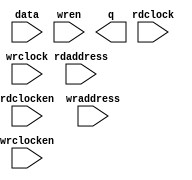
// megafunction wizard: %RAM: 2-PORT%VBB%
// GENERATION: STANDARD
// VERSION: WM1.0
// MODULE: altsyncram 

// ============================================================
// Megafunction Name(s):
// 			altsyncram
//
// Simulation Library Files(s):
// 			altera_mf
// ============================================================
// ************************************************************
// THIS IS A WIZARD-GENERATED FILE. DO NOT EDIT THIS FILE!
//
// 13.0.1 Build 232 06/12/2013 SP 1 SJ Full Version
// ************************************************************

//Copyright (C) 1991-2013 Altera Corporation
//Your use of Altera Corporation's design tools, logic functions 
//and other software and tools, and its AMPP partner logic 
//functions, and any output files from any of the foregoing 
//(including device programming or simulation files), and any 
//associated documentation or information are expressly subject 
//to the terms and conditions of the Altera Program License 
//Subscription Agreement, Altera MegaCore Function License 
//Agreement, or other applicable license agreement, including, 
//without limitation, that your use is for the sole purpose of 
//programming logic devices manufactured by Altera and sold by 
//Altera or its authorized distributors.  Please refer to the 
//applicable agreement for further details.

module clipboard (
	data,
	rdaddress,
	rdclock,
	rdclocken,
	wraddress,
	wrclock,
	wrclocken,
	wren,
	q);

	input	[2:0]  data;
	input	[12:0]  rdaddress;
	input	  rdclock;
	input	  rdclocken;
	input	[12:0]  wraddress;
	input	  wrclock;
	input	  wrclocken;
	input	  wren;
	output	[2:0]  q;
`ifndef ALTERA_RESERVED_QIS
// synopsys translate_off
`endif
	tri1	  rdclocken;
	tri1	  wrclock;
	tri1	  wrclocken;
	tri0	  wren;
`ifndef ALTERA_RESERVED_QIS
// synopsys translate_on
`endif

endmodule

// ============================================================
// CNX file retrieval info
// ============================================================
// Retrieval info: PRIVATE: ADDRESSSTALL_A NUMERIC "0"
// Retrieval info: PRIVATE: ADDRESSSTALL_B NUMERIC "0"
// Retrieval info: PRIVATE: BYTEENA_ACLR_A NUMERIC "0"
// Retrieval info: PRIVATE: BYTEENA_ACLR_B NUMERIC "0"
// Retrieval info: PRIVATE: BYTE_ENABLE_A NUMERIC "0"
// Retrieval info: PRIVATE: BYTE_ENABLE_B NUMERIC "0"
// Retrieval info: PRIVATE: BYTE_SIZE NUMERIC "1"
// Retrieval info: PRIVATE: BlankMemory NUMERIC "0"
// Retrieval info: PRIVATE: CLOCK_ENABLE_INPUT_A NUMERIC "1"
// Retrieval info: PRIVATE: CLOCK_ENABLE_INPUT_B NUMERIC "1"
// Retrieval info: PRIVATE: CLOCK_ENABLE_OUTPUT_A NUMERIC "1"
// Retrieval info: PRIVATE: CLOCK_ENABLE_OUTPUT_B NUMERIC "1"
// Retrieval info: PRIVATE: CLRdata NUMERIC "0"
// Retrieval info: PRIVATE: CLRq NUMERIC "0"
// Retrieval info: PRIVATE: CLRrdaddress NUMERIC "0"
// Retrieval info: PRIVATE: CLRrren NUMERIC "0"
// Retrieval info: PRIVATE: CLRwraddress NUMERIC "0"
// Retrieval info: PRIVATE: CLRwren NUMERIC "0"
// Retrieval info: PRIVATE: Clock NUMERIC "1"
// Retrieval info: PRIVATE: Clock_A NUMERIC "0"
// Retrieval info: PRIVATE: Clock_B NUMERIC "0"
// Retrieval info: PRIVATE: IMPLEMENT_IN_LES NUMERIC "0"
// Retrieval info: PRIVATE: INDATA_ACLR_B NUMERIC "0"
// Retrieval info: PRIVATE: INDATA_REG_B NUMERIC "0"
// Retrieval info: PRIVATE: INIT_FILE_LAYOUT STRING "PORT_A"
// Retrieval info: PRIVATE: INIT_TO_SIM_X NUMERIC "0"
// Retrieval info: PRIVATE: INTENDED_DEVICE_FAMILY STRING "Cyclone II"
// Retrieval info: PRIVATE: JTAG_ENABLED NUMERIC "0"
// Retrieval info: PRIVATE: JTAG_ID STRING "NONE"
// Retrieval info: PRIVATE: MAXIMUM_DEPTH NUMERIC "0"
// Retrieval info: PRIVATE: MEMSIZE NUMERIC "21600"
// Retrieval info: PRIVATE: MEM_IN_BITS NUMERIC "0"
// Retrieval info: PRIVATE: MIFfilename STRING "clipboard.mif"
// Retrieval info: PRIVATE: OPERATION_MODE NUMERIC "2"
// Retrieval info: PRIVATE: OUTDATA_ACLR_B NUMERIC "0"
// Retrieval info: PRIVATE: OUTDATA_REG_B NUMERIC "1"
// Retrieval info: PRIVATE: RAM_BLOCK_TYPE NUMERIC "0"
// Retrieval info: PRIVATE: READ_DURING_WRITE_MODE_MIXED_PORTS NUMERIC "2"
// Retrieval info: PRIVATE: READ_DURING_WRITE_MODE_PORT_A NUMERIC "3"
// Retrieval info: PRIVATE: READ_DURING_WRITE_MODE_PORT_B NUMERIC "3"
// Retrieval info: PRIVATE: REGdata NUMERIC "1"
// Retrieval info: PRIVATE: REGq NUMERIC "0"
// Retrieval info: PRIVATE: REGrdaddress NUMERIC "1"
// Retrieval info: PRIVATE: REGrren NUMERIC "1"
// Retrieval info: PRIVATE: REGwraddress NUMERIC "1"
// Retrieval info: PRIVATE: REGwren NUMERIC "1"
// Retrieval info: PRIVATE: SYNTH_WRAPPER_GEN_POSTFIX STRING "0"
// Retrieval info: PRIVATE: USE_DIFF_CLKEN NUMERIC "0"
// Retrieval info: PRIVATE: UseDPRAM NUMERIC "1"
// Retrieval info: PRIVATE: VarWidth NUMERIC "1"
// Retrieval info: PRIVATE: WIDTH_READ_A NUMERIC "3"
// Retrieval info: PRIVATE: WIDTH_READ_B NUMERIC "3"
// Retrieval info: PRIVATE: WIDTH_WRITE_A NUMERIC "3"
// Retrieval info: PRIVATE: WIDTH_WRITE_B NUMERIC "3"
// Retrieval info: PRIVATE: WRADDR_ACLR_B NUMERIC "0"
// Retrieval info: PRIVATE: WRADDR_REG_B NUMERIC "0"
// Retrieval info: PRIVATE: WRCTRL_ACLR_B NUMERIC "0"
// Retrieval info: PRIVATE: enable NUMERIC "1"
// Retrieval info: PRIVATE: rden NUMERIC "0"
// Retrieval info: LIBRARY: altera_mf altera_mf.altera_mf_components.all
// Retrieval info: CONSTANT: ADDRESS_REG_B STRING "CLOCK1"
// Retrieval info: CONSTANT: CLOCK_ENABLE_INPUT_A STRING "NORMAL"
// Retrieval info: CONSTANT: CLOCK_ENABLE_INPUT_B STRING "NORMAL"
// Retrieval info: CONSTANT: CLOCK_ENABLE_OUTPUT_A STRING "BYPASS"
// Retrieval info: CONSTANT: CLOCK_ENABLE_OUTPUT_B STRING "NORMAL"
// Retrieval info: CONSTANT: INIT_FILE STRING "clipboard.mif"
// Retrieval info: CONSTANT: INIT_FILE_LAYOUT STRING "PORT_A"
// Retrieval info: CONSTANT: INTENDED_DEVICE_FAMILY STRING "Cyclone II"
// Retrieval info: CONSTANT: LPM_TYPE STRING "altsyncram"
// Retrieval info: CONSTANT: NUMWORDS_A NUMERIC "7200"
// Retrieval info: CONSTANT: NUMWORDS_B NUMERIC "7200"
// Retrieval info: CONSTANT: OPERATION_MODE STRING "DUAL_PORT"
// Retrieval info: CONSTANT: OUTDATA_ACLR_B STRING "NONE"
// Retrieval info: CONSTANT: OUTDATA_REG_B STRING "CLOCK1"
// Retrieval info: CONSTANT: POWER_UP_UNINITIALIZED STRING "FALSE"
// Retrieval info: CONSTANT: WIDTHAD_A NUMERIC "13"
// Retrieval info: CONSTANT: WIDTHAD_B NUMERIC "13"
// Retrieval info: CONSTANT: WIDTH_A NUMERIC "3"
// Retrieval info: CONSTANT: WIDTH_B NUMERIC "3"
// Retrieval info: CONSTANT: WIDTH_BYTEENA_A NUMERIC "1"
// Retrieval info: USED_PORT: data 0 0 3 0 INPUT NODEFVAL "data[2..0]"
// Retrieval info: USED_PORT: q 0 0 3 0 OUTPUT NODEFVAL "q[2..0]"
// Retrieval info: USED_PORT: rdaddress 0 0 13 0 INPUT NODEFVAL "rdaddress[12..0]"
// Retrieval info: USED_PORT: rdclock 0 0 0 0 INPUT NODEFVAL "rdclock"
// Retrieval info: USED_PORT: rdclocken 0 0 0 0 INPUT VCC "rdclocken"
// Retrieval info: USED_PORT: wraddress 0 0 13 0 INPUT NODEFVAL "wraddress[12..0]"
// Retrieval info: USED_PORT: wrclock 0 0 0 0 INPUT VCC "wrclock"
// Retrieval info: USED_PORT: wrclocken 0 0 0 0 INPUT VCC "wrclocken"
// Retrieval info: USED_PORT: wren 0 0 0 0 INPUT GND "wren"
// Retrieval info: CONNECT: @address_a 0 0 13 0 wraddress 0 0 13 0
// Retrieval info: CONNECT: @address_b 0 0 13 0 rdaddress 0 0 13 0
// Retrieval info: CONNECT: @clock0 0 0 0 0 wrclock 0 0 0 0
// Retrieval info: CONNECT: @clock1 0 0 0 0 rdclock 0 0 0 0
// Retrieval info: CONNECT: @clocken0 0 0 0 0 wrclocken 0 0 0 0
// Retrieval info: CONNECT: @clocken1 0 0 0 0 rdclocken 0 0 0 0
// Retrieval info: CONNECT: @data_a 0 0 3 0 data 0 0 3 0
// Retrieval info: CONNECT: @wren_a 0 0 0 0 wren 0 0 0 0
// Retrieval info: CONNECT: q 0 0 3 0 @q_b 0 0 3 0
// Retrieval info: GEN_FILE: TYPE_NORMAL clipboard.v TRUE
// Retrieval info: GEN_FILE: TYPE_NORMAL clipboard.inc FALSE
// Retrieval info: GEN_FILE: TYPE_NORMAL clipboard.cmp FALSE
// Retrieval info: GEN_FILE: TYPE_NORMAL clipboard.bsf TRUE
// Retrieval info: GEN_FILE: TYPE_NORMAL clipboard_inst.v TRUE
// Retrieval info: GEN_FILE: TYPE_NORMAL clipboard_bb.v TRUE
// Retrieval info: LIB_FILE: altera_mf